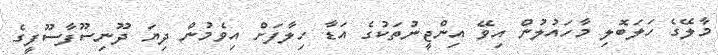
މާލޭގެ ހަލަބޮލި މާހައުލުން އިވޭ އިންޖީނުތަކުގެ އަޑާ ހިލާފަށް އިވެމުން ދިޔަ ދޫނިސޫފާސޫފީގެ